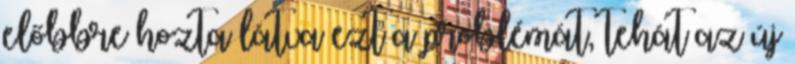
előbbre hozta látva ezt a problémát, tehát az új